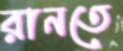
রানতে